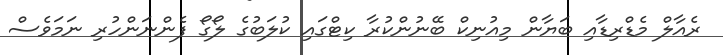
ރެއާލް މެޑްރިޑާއި ބަޔާން މިއުނިކް ބޭނުންކުރާ ކިޓްގައި ކުލަބުގެ ލޯގޯ ފެންނަންހުރި ނަމަވެސް